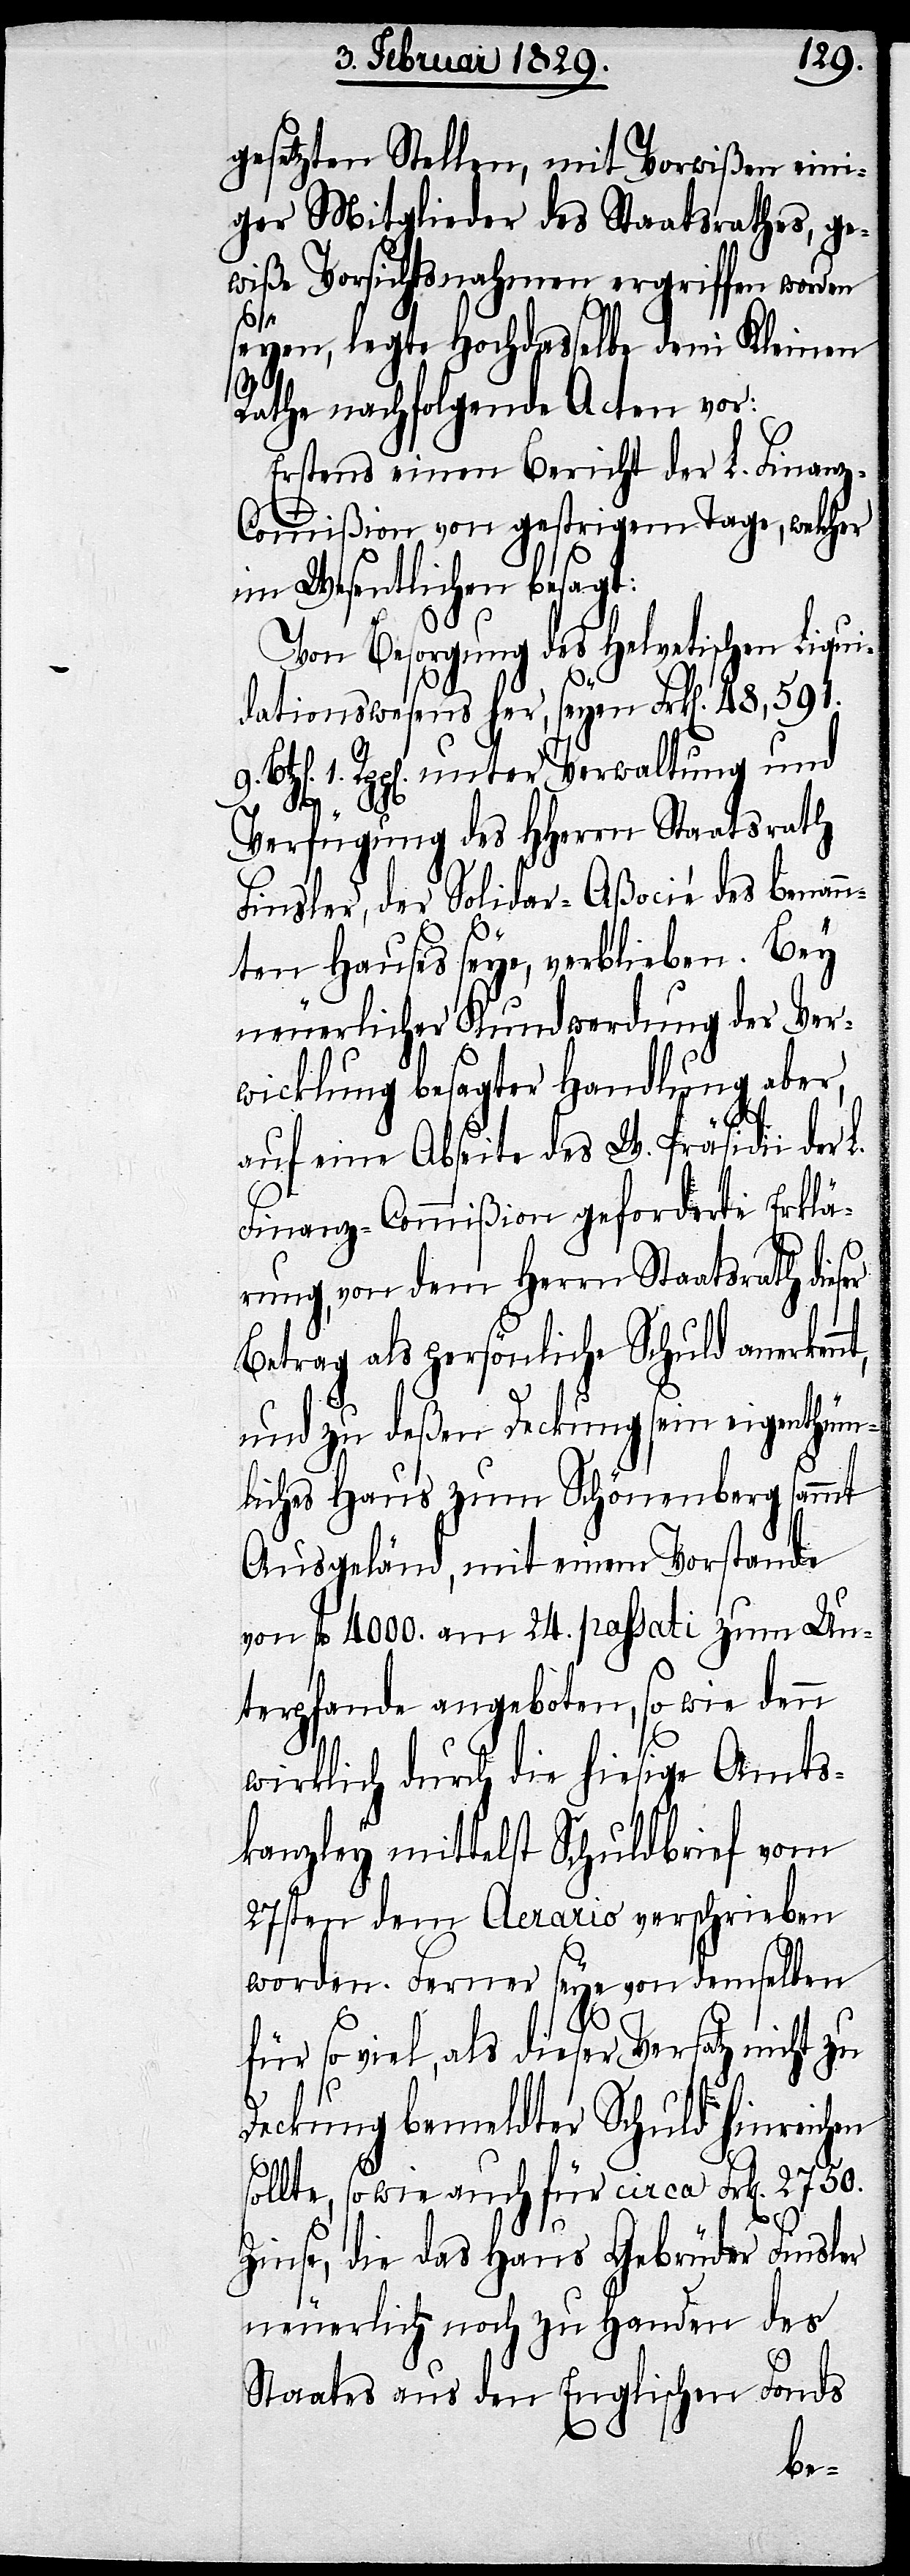
gesetzten Stellen, mit Vorwißen eini¬
ger Mitglieder des Staatsrathes, ge¬
wiße Vorsichtsnahmen ergriffen worden
seyen, legte Hochdasselbe dem Kleinen
9.
Rathe nachfolgende Acten vor:
Erstens einen Bericht der L. Finan¬
z-Commißion von gestrigem Tage, welcher
im Wesentlichen besagt:
2750.
Von Besorgung des Helvetischen Liqui¬
dationswesens her, seyen Frk[en]. 48,591.
1. Rpp[en]. unter Verwaltung und
Verfügung des HHerrn Staatsrath
Finsler, der Solidar-Aßocié des benann¬
ten Hauses seye, verblieben. Bey
neuerlicher Kundwerdung der Ver¬
wicklung besagter Handlung aber,
en
auf eine Abseite des W. Präsidii der L.
Finanz-Commißion geforderte Erklä¬
rung, von dem Herrn Staatsrath dieser
Betrag als persönliche Schuld anerken¬
und zu deßen Deckung sein eigenthüm¬
liches Haus zum Schönenberg sammt
Ausgeländ, mit einem Vorstande
von fl. 4000. am 24. passati zum Un¬
terpfande angeboten, so wie denn
wirklich durch die hiesige Amts¬
kanzley mittelst Schuldbrief vom
27sten dem Aerario verschrieben
worden. Ferner seye von demselben
für so viel, als dieser Versatz nicht zu
Deckung bemeldter Schuld hinreich¬
sollte, so wie auch für circa Frk[en].
Zinse, die das Haus Gebrüder Finsler
neuerlich noch zu Handen des
Staates aus den Englischen Fonds